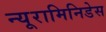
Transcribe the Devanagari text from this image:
न्यूरामिनिडेस